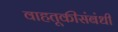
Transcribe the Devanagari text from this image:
वाहतूकीसंबंधी